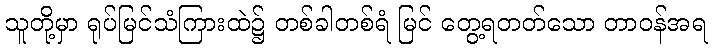
သူတို့မှာ ရုပ်မြင်သံကြားထဲ၌ တစ်ခါတစ်ရံ မြင် တွေ့ရတတ်သော တာဝန်အရ